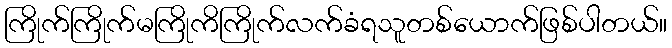
ကြိုက်ကြိုက်မကြိုကိကြိုက်လက်ခံရသူတစ်ယောက်ဖြစ်ပါတယ်။